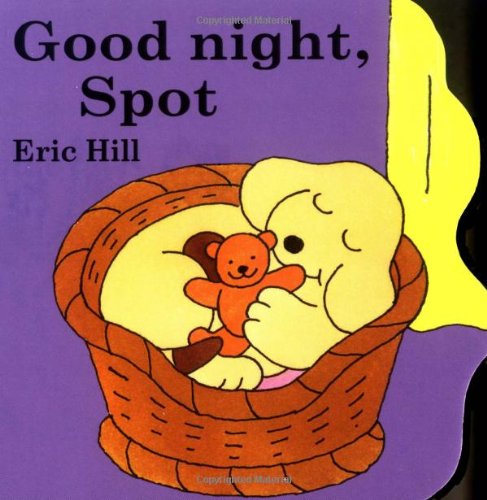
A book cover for Good Night Spot; Eric Hill; Children's Books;